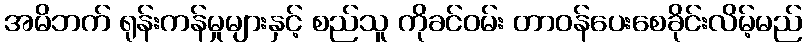
အမိဘက် ရုန်းကန်မှုများနှင့် စည်သူ ကိုခင်ဝမ်း တာဝန်ပေးစေခိုင်းလိမ့်မည်